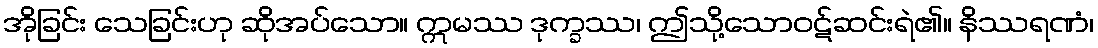
အိုခြင်း သေခြင်းဟု ဆိုအပ်သော။ ဣမဿ ဒုက္ခဿ၊ ဤသို့သောဝဋ်ဆင်းရဲ၏။ နိဿရဏံ၊